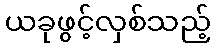
ယခုဖွင့်လှစ်သည့်